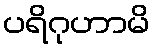
ပရိဂုဟာမိ